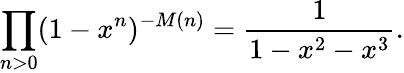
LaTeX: \prod_{n>0}(1-x^{n})^{-M(n)}={\frac{1}{1-x^{2}-x^{3}}}.